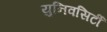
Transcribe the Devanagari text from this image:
युनिवसिर्टी